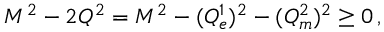
M ^ { 2 } - 2 Q ^ { 2 } = M ^ { 2 } - ( { \cal Q } _ { e } ^ { 1 } ) ^ { 2 } - ( { \cal Q } _ { m } ^ { 2 } ) ^ { 2 } \geq 0 \, ,